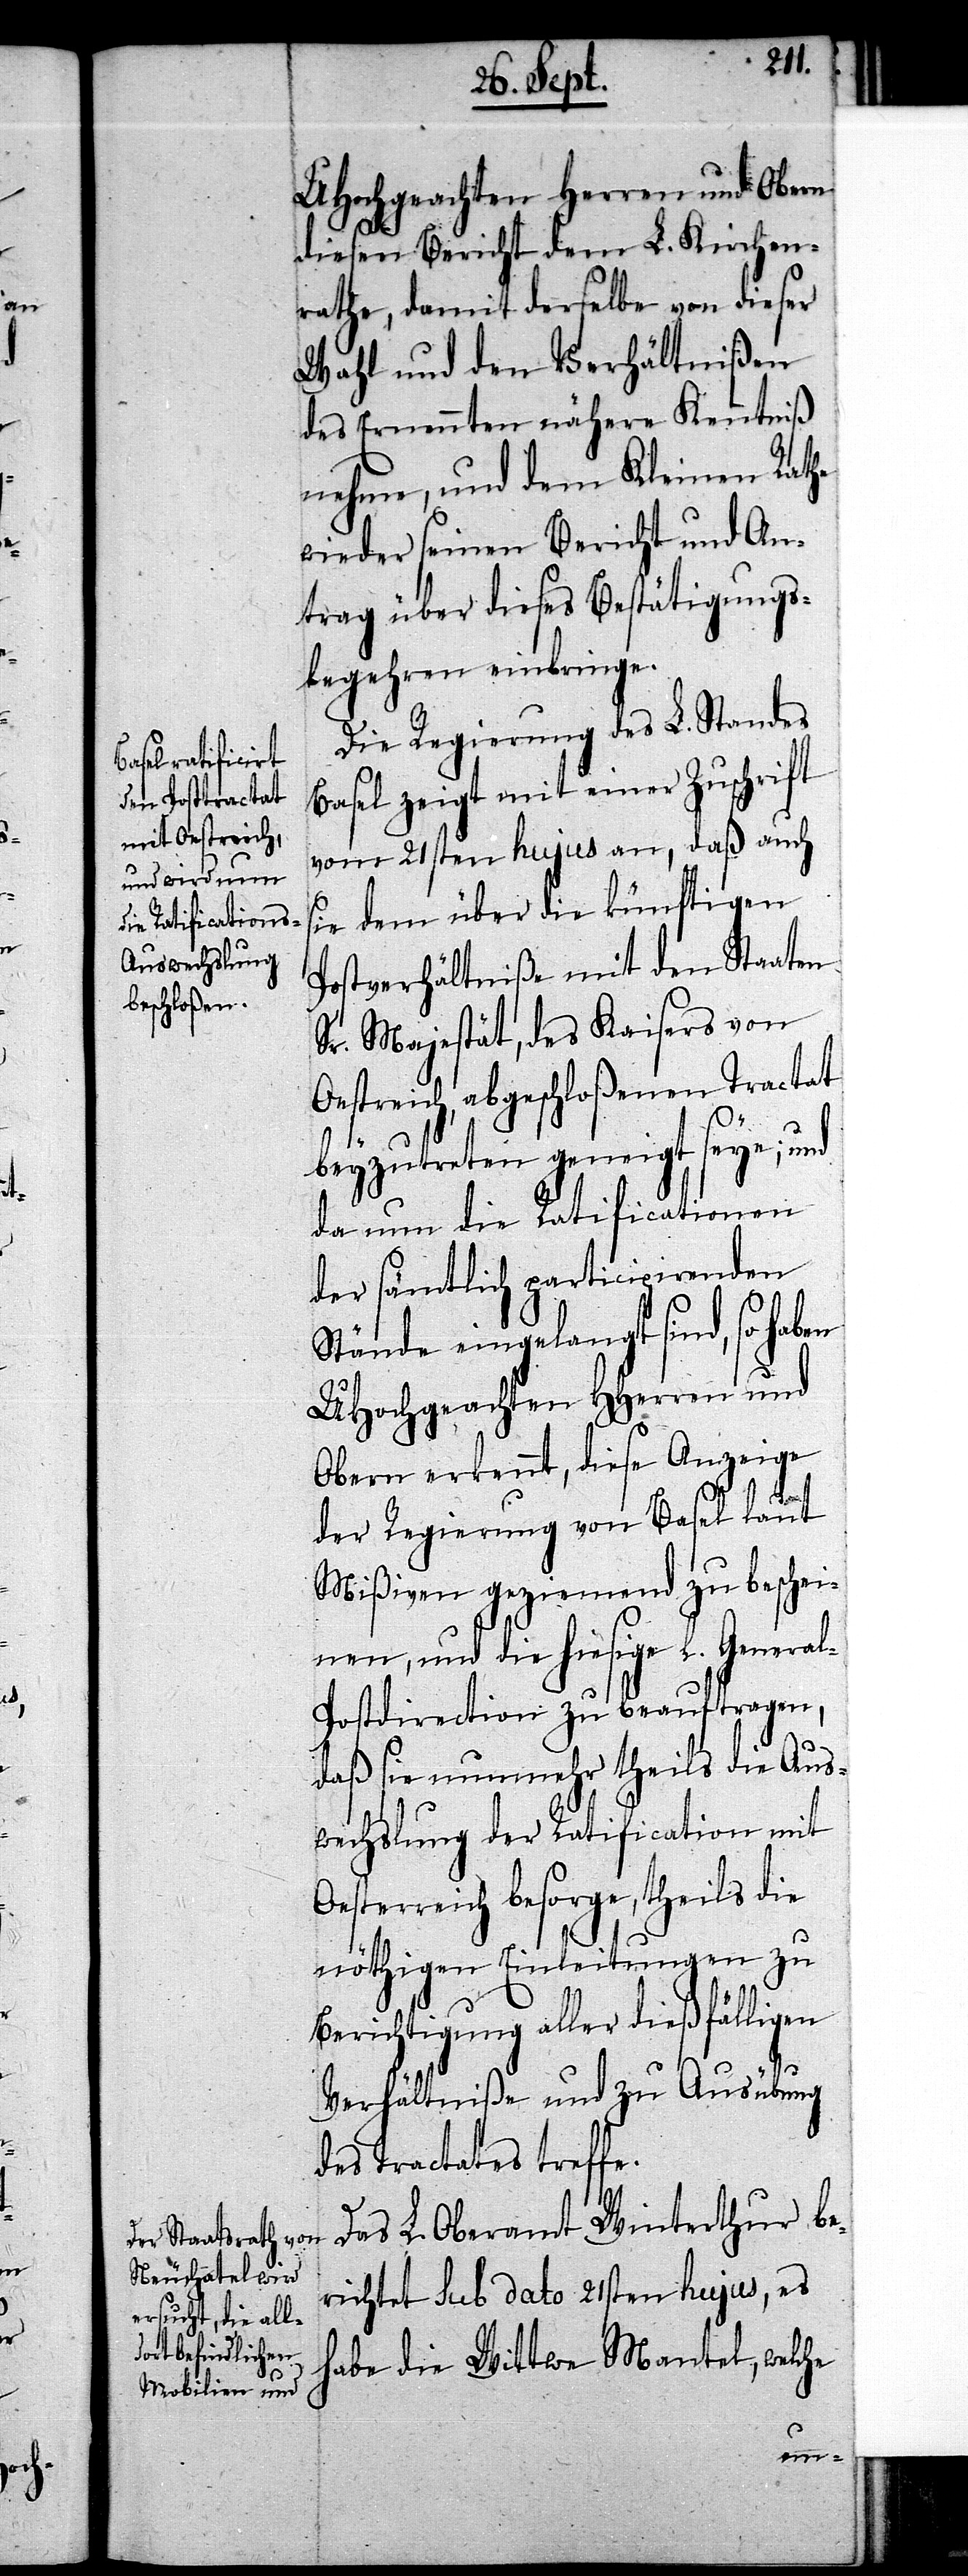
en

UHochgeachten Herren und Obern
diesen Bericht dem L. Kirchen¬
rathe, damit derselbe von dieser
Wahl und den Verhältnißen
des Ernennten nähere Kenntniß
nehme, und dem Kleinen Rathe
wieder seinen Bericht und An¬
trag über dieses Bestätigungs¬
begehren einbringe.
Die Regierung des L. Standes
Basel zeigt mit einer Zuschrift
vom 21sten hujus an, daß auch
sie dem über die künftigen
Postverhältniße mit den Staaten
Sr. Majestät, des Kaisers von
Oestreich, abgeschloßenen Tractat
beyzutreten geneigt seye; und
da nun die Ratificationen
der sämtlich participirenden
Stände eingelangt sind, so hab¬
UHochgeachten HHerren und
Obern erkennt, diese Anzeige
der Regierung von Basel laut
Mißiven geziemend zu beschei¬
nen, und die hiesige l. Genera¬
l-Postdirection zu beauftragen,
daß sie nunmehr theils die Aus¬
wechslung der Ratification mit
Oesterreich besorge, theils die
nöthigen Einleitungen zu
Berichtigung aller dießfälligen
Verhältniße und zu Ausübung
des Tractates treffe.
Das L. Oberamt Winterthur be¬
richtet sub dato 21sten hujus, es
habe die Wittwe Mantel, welche